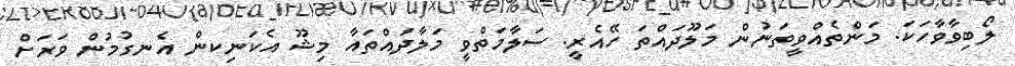
ލޯބިވާވާހަކަ. މަންތެއްވީތަނުން މަލޫދައްތަ ހޭއެރީ. ސަލާމަތްވީ މަލާދައްތައާ މިޝޫ އެކަނިކން އެނގުމުން ވަރަށް